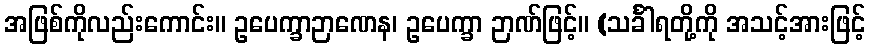
အဖြစ်ကိုလည်းကောင်း။ ဥပေက္ခာဉာဏေန၊ ဥပေက္ခာ ဉာဏ်ဖြင့်။ (သင်္ခါရတို့ကို အသင့်အားဖြင့်